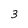
Character: 3